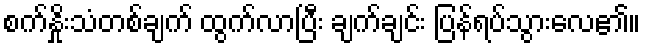
စက်နှိုးသံတစ်ချက် ထွက်လာပြီး ချက်ချင်း ပြန်ရပ်သွားလေ၏။